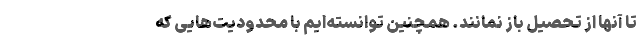
تا آنها از تحصیل باز نمانند. همچنین توانسته‌ایم با محدودیت‌هایی که